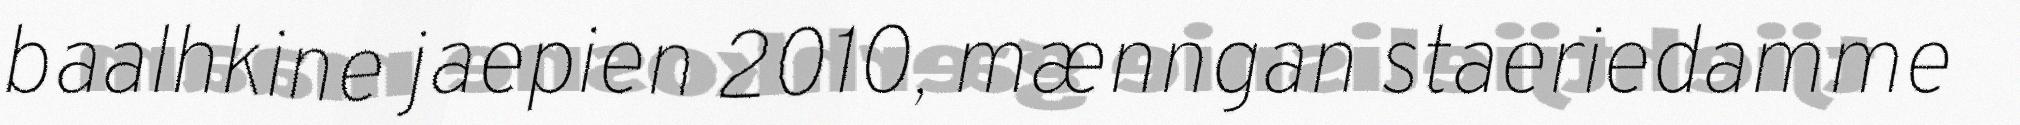
baalhkine jaepien 2010, mænngan staeriedamme